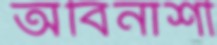
অবিনাশী